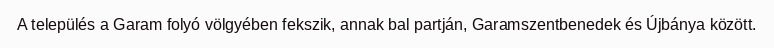
A település a Garam folyó völgyében fekszik, annak bal partján, Garamszentbenedek és Újbánya között.